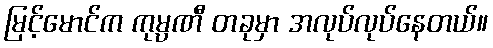
မြင့်မောင်က ကုမ္ပဏီ တခုမှာ အလုပ်လုပ်နေတယ်။